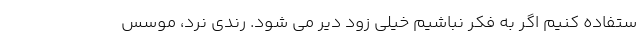
ستفاده کنیم اگر به فکر نباشیم خیلی زود دیر می شود. رندی نُرد، موسس